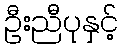
ဦးညီပုနှင့်